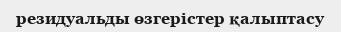
резидуальды өзгерістер қалыптасу